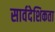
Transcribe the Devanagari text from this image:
सार्वदेशिकता